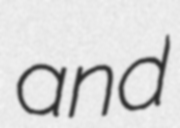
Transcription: and